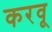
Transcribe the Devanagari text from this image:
करवू